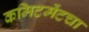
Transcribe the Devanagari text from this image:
कमिटमेंटचा